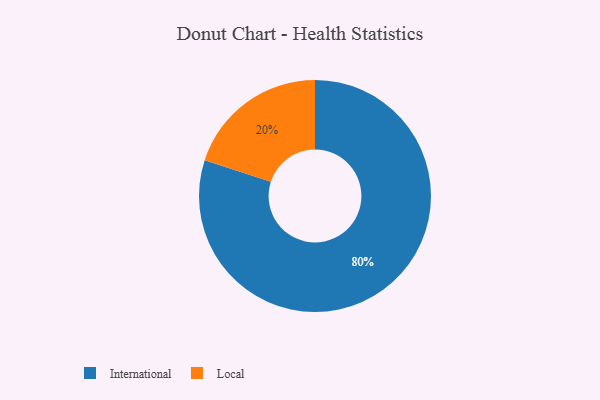
{"axis": {"x": "Category", "y": "Percentage"}, "legend": ["International", "Local"], "data": [{"x": "Local", "y": 20, "type": "Local"}, {"x": "International", "y": 80, "type": "International"}]}